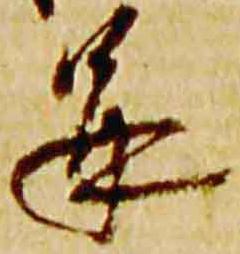
并